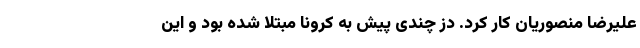
علیرضا منصوریان کار کرد. دز چندی پیش به کرونا مبتلا شده بود و این